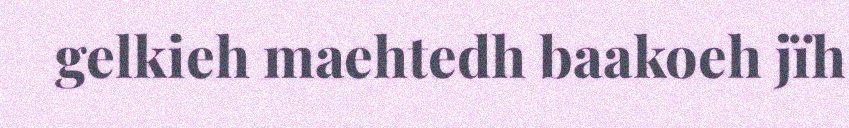
gelkieh maehtedh baakoeh jïh